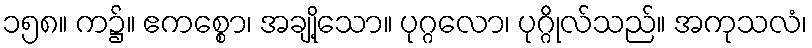
၁၅၈။ က၌။ ဧကစ္စော၊ အချို့သော။ ပုဂ္ဂလော၊ ပုဂ္ဂိုလ်သည်။ အကုသလံ၊